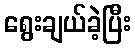
ရွေးချယ်ခဲ့ပြီး